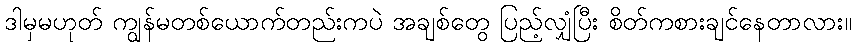
ဒါမှမဟုတ် ကျွန်မတစ်ယောက်တည်းကပဲ အချစ်တွေ ပြည့်လျှံပြီး စိတ်ကစားချင်နေတာလား။